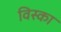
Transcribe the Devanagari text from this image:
विस्का